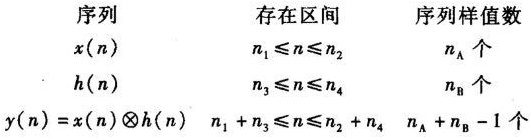
\[
\begin{array}{ccc}
\text{序列} & \text{存在区间} & \text{序列样值数} \\
x(n) & n_1 \leq n \leq n_2 & n_{\mathrm{A}} \text{ 个} \\
h(n) & n_3 \leq n \leq n_4 & n_{\mathrm{B}} \text{ 个} \\
y(n)=x(n) \otimes h(n) & n_1 + n_3 \leq n \leq n_2 + n_4 & n_{\mathrm{A}} + n_{\mathrm{B}} - 1 \text{ 个}
\end{array}
\]